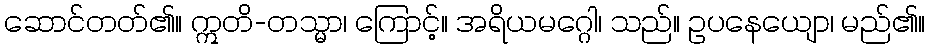
ဆောင်တတ်၏။ ဣတိ-တသ္မာ၊ ကြောင့်။ အရိယမဂ္ဂေါ၊ သည်။ ဥပနေယျော၊ မည်၏။